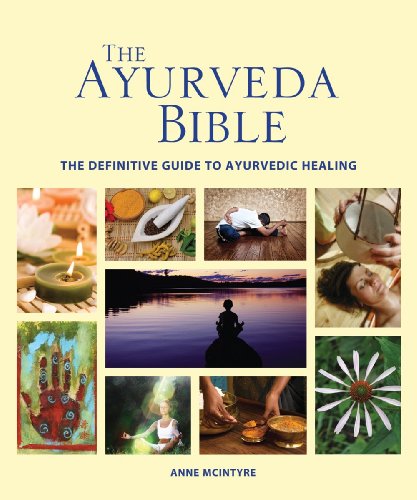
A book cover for The Ayurveda Bible: The Definitive Guide to Ayurvedic Healing; Anne McIntyre; Health, Fitness & Dieting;